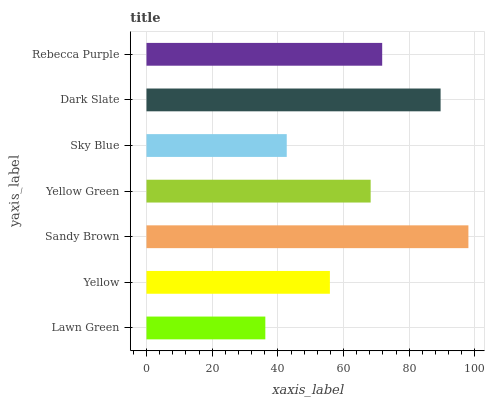
| yaxis_label | bars |
 | --- | --- |
 | Lawn Green | 36.2 |
 | Yellow | 55.8 |
 | Sandy Brown | 98 |
 | Yellow Green | 68.2 |
 | Sky Blue | 42.7 |
 | Dark Slate | 89.5 |
 | Rebecca Purple | 71.8 |